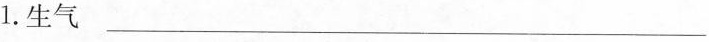
1.生气___